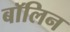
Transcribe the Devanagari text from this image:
बॉलिन